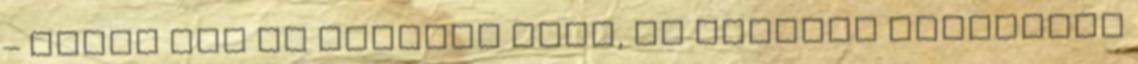
– VIDEÓ Ezt ne csináld soha, ha esküvői konvojban